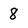
Character: 8